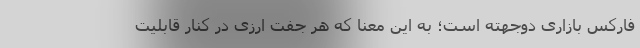
فارکس بازاری دوجهته است؛ به این معنا که هر جفت ارزی در کنار قابلیت